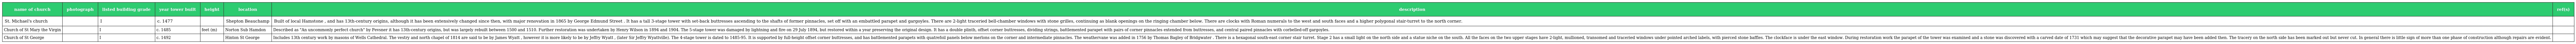
| name of church | photograph | listed building grade | year tower built | height | location | description | ref(s) |
 | --- | --- | --- | --- | --- | --- | --- | --- |
 | St. Michael's church |  | I | c. 1477 |  | Shepton Beauchamp | Built of local Hamstone , and has 13th-century origins, although it has been extensively changed since then, with major renovation in 1865 by George Edmund Street . It has a tall 3-stage tower with set-back buttresses ascending to the shafts of former pinnacles, set off with an embattled parapet and gargoyles. There are 2-light traceried bell-chamber windows with stone grilles, continuing as blank openings on the ringing chamber below. There are clocks with Roman numerals to the west and south faces and a higher polygonal stair-turret to the north corner. |  |
 | Church of St Mary the Virgin |  | I | c. 1485 | feet (m) | Norton Sub Hamdon | Described as "An uncommonly perfect church" by Pevsner it has 13th-century origins, but was largely rebuilt between 1500 and 1510. Further restoration was undertaken by Henry Wilson in 1894 and 1904. The 5-stage tower was damaged by lightning and fire on 29 July 1894, but restored within a year preserving the original design. It has a double plinth, offset corner buttresses, dividing strings, battlemented parapet with pairs of corner pinnacles extended from buttresses, and central paired pinnacles with corbelled-off gargoyles. |  |
 | Church of St George |  | I | c. 1492 |  | Hinton St George | Includes 13th century work by masons of Wells Cathedral. The vestry and north chapel of 1814 are said to be by James Wyatt , however it is more likely to be by Jeffry Wyatt , (later Sir Jeffry Wyattville). The 4-stage tower is dated to 1485-95. It is supported by full-height offset corner buttresses, and has battlemented parapets with quatrefoil panels below merlons on the corner and intermediate pinnacles. The weathervane was added in 1756 by Thomas Bagley of Bridgwater . There is a hexagonal south-east corner stair turret. Stage 2 has a small light on the north side and a statue niche on the south. All the faces on the two upper stages have 2-light, mullioned, transomed and traceried windows under pointed arched labels, with pierced stone baffles. The clockface is under the east window. During restoration work the parapet of the tower was examined and a stone was discovered with a carved date of 1731 which may suggest that the decorative parapet may have been added then. The tracery on the north side has been marked out but never cut. In general there is little sign of more than one phase of construction although repairs are evident. |  |